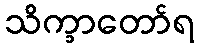
သိက္ခာတော်ရ